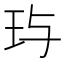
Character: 玙